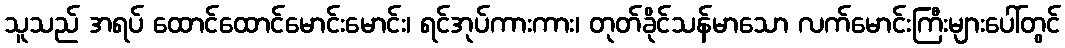
သူသည် အရပ် ထောင်ထောင်မောင်းမောင်း၊ ရင်အုပ်ကားကား၊ တုတ်ခိုင်သန်မာသော လက်မောင်းကြီးများပေါ်တွင်